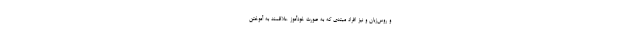
و روس‌زبان و نیز افراد مبتدی که به صورت خودآموز علاقمند به آموختن